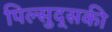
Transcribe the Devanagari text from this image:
पिल्सुद्सकी